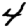
Digit: 4